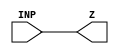
module NBUFFX2_1 (INP,Z);
	input INP;
	output Z;
assign Z = INP;
endmodule